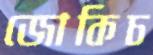
জোকিচ